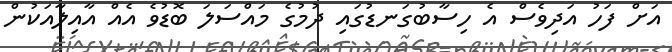
އަށް ފަހު އަދިވެސް އެ ހިސާބުގަނޑުގައި ދުމުގެ މައްސަލަ ބޮޑުވެ އެއް އާއިލާއަކުން